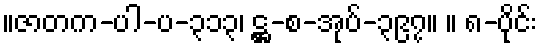
။ဇာတက-ပါ-ပ-၃၁၃၊ ဋ္ဌ-စ-အုပ်-၃၉၇။ ။ ၈-ပိုင်း